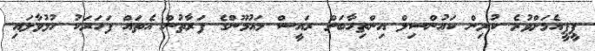
ޕީޕީއެމަށްވުރެ ކުރިން ކައުންސިލް އިންތިހާބަށް ރައީސް މައުމޫންގެ ފަރާތުން އެތައް ފަހަރަކު ހުޅުވާލައި